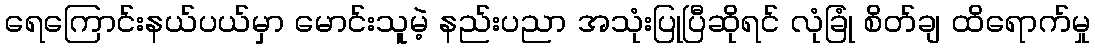
ရေကြောင်းနယ်ပယ်မှာ မောင်းသူမဲ့ နည်းပညာ အသုံးပြုပြီဆိုရင် လုံခြုံ စိတ်ချ ထိရောက်မှု